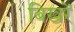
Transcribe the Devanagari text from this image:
बिखरें